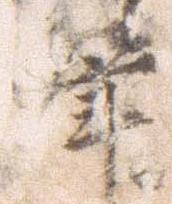
筆